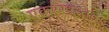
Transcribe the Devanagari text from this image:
एकरेखस्तता